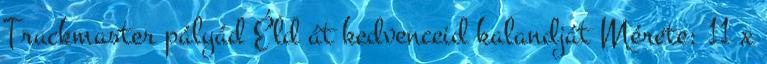
Trackmaster pályád Éld át kedvenceid kalandját Mérete: 11 x